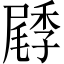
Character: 𡳜